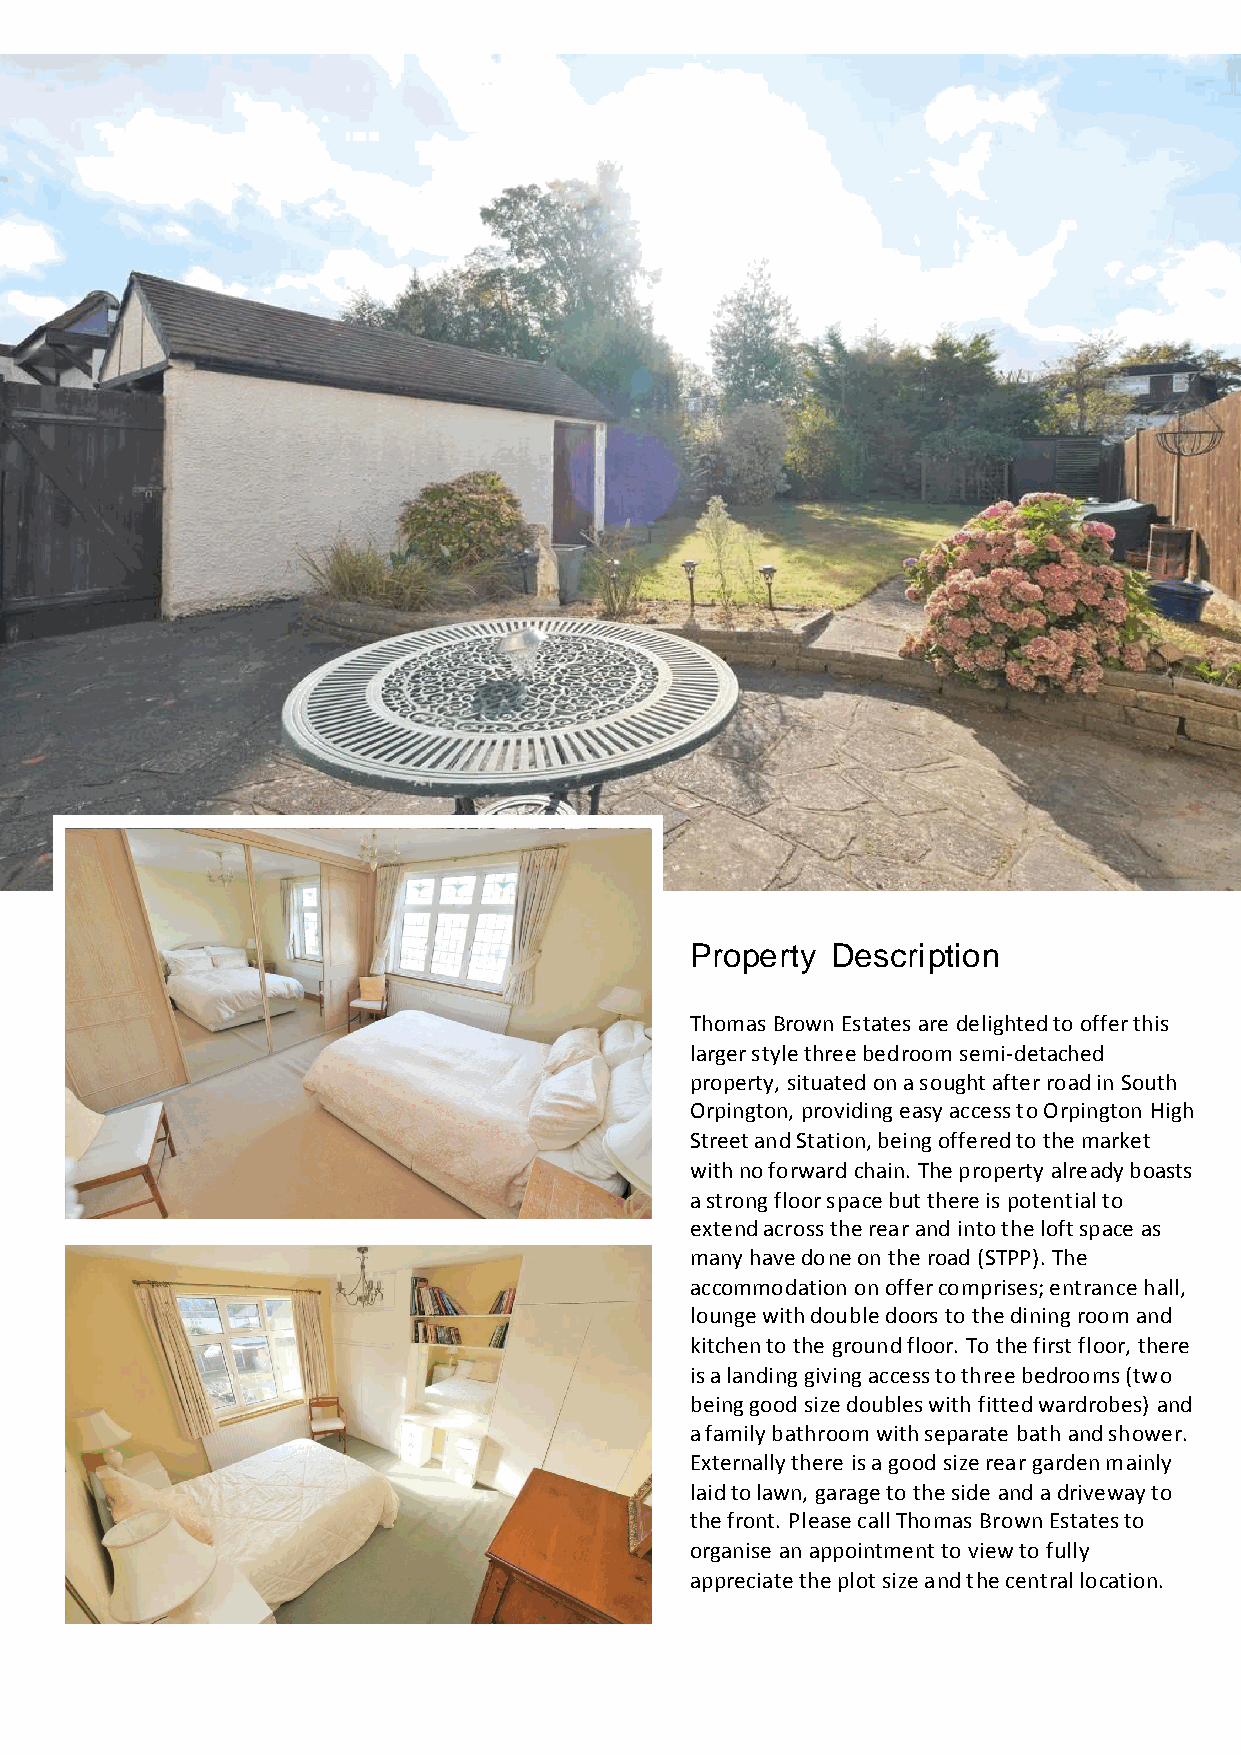
Property Description
 Thomas Brown Estates are delighted to offer this
 larger style three bedroom semi-detached
 property, situated on a sought after road in South
 Orpington, providing easy access to Orpington High
 Street and Station, being offered to the market
 with no forward chain. The property already boasts
 a strong floor space but there is potential to
 extend across the rear and into the loft space as
 many have done on the road (STPP). The
 accommodation on offer comprises; entrance hall,
 lounge with double doors to the dining room and
 kitchen to the ground floor. To the first floor, there
 is a landing giving access to three bedrooms (two
 being good size doubles with fitted wardrobes) and
 a family bathroom with separate bath and shower.
 Externally there is a good size rear garden mainly
 laid to lawn, garage to the side and a driveway to
 the front. Please call Thomas Brown Estates to
 organise an appointment to view to fully
 appreciate the plot size and the central location.